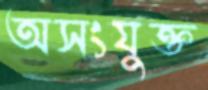
অসংযুক্ত